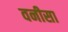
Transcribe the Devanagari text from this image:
वनीसा